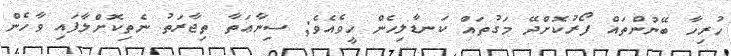
ހުރިހާ ބޭނުންތައް ފޯރުކޮށްދޭ މަގުތައް ކަނޑާލިހެން ހީވެއެވެ; ސިނާޢަތާ ތިޖާރަތު ނެތިކޮށްލާފައި ވާހެން